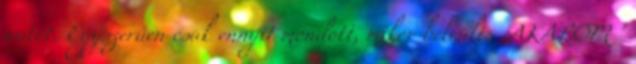
autót. Egyszerűen csak ennyit mondott, mikor beleült: „AKAROM "